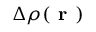
\Delta \rho ( \textbf { r } )